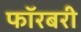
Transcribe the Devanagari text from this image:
फॉरबरी